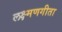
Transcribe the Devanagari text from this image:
लक्ष्मणगीता